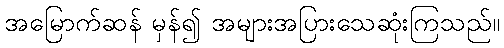
အမြောက်ဆန် မှန်၍ အများအပြားသေဆုံးကြသည်။